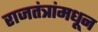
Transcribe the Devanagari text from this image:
राजतंत्रांमधून